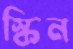
স্কিন